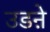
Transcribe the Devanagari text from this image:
उडऩे